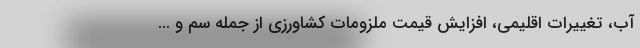
آب، تغییرات اقلیمی، افزایش قیمت ملزومات کشاورزی از جمله سم و ...